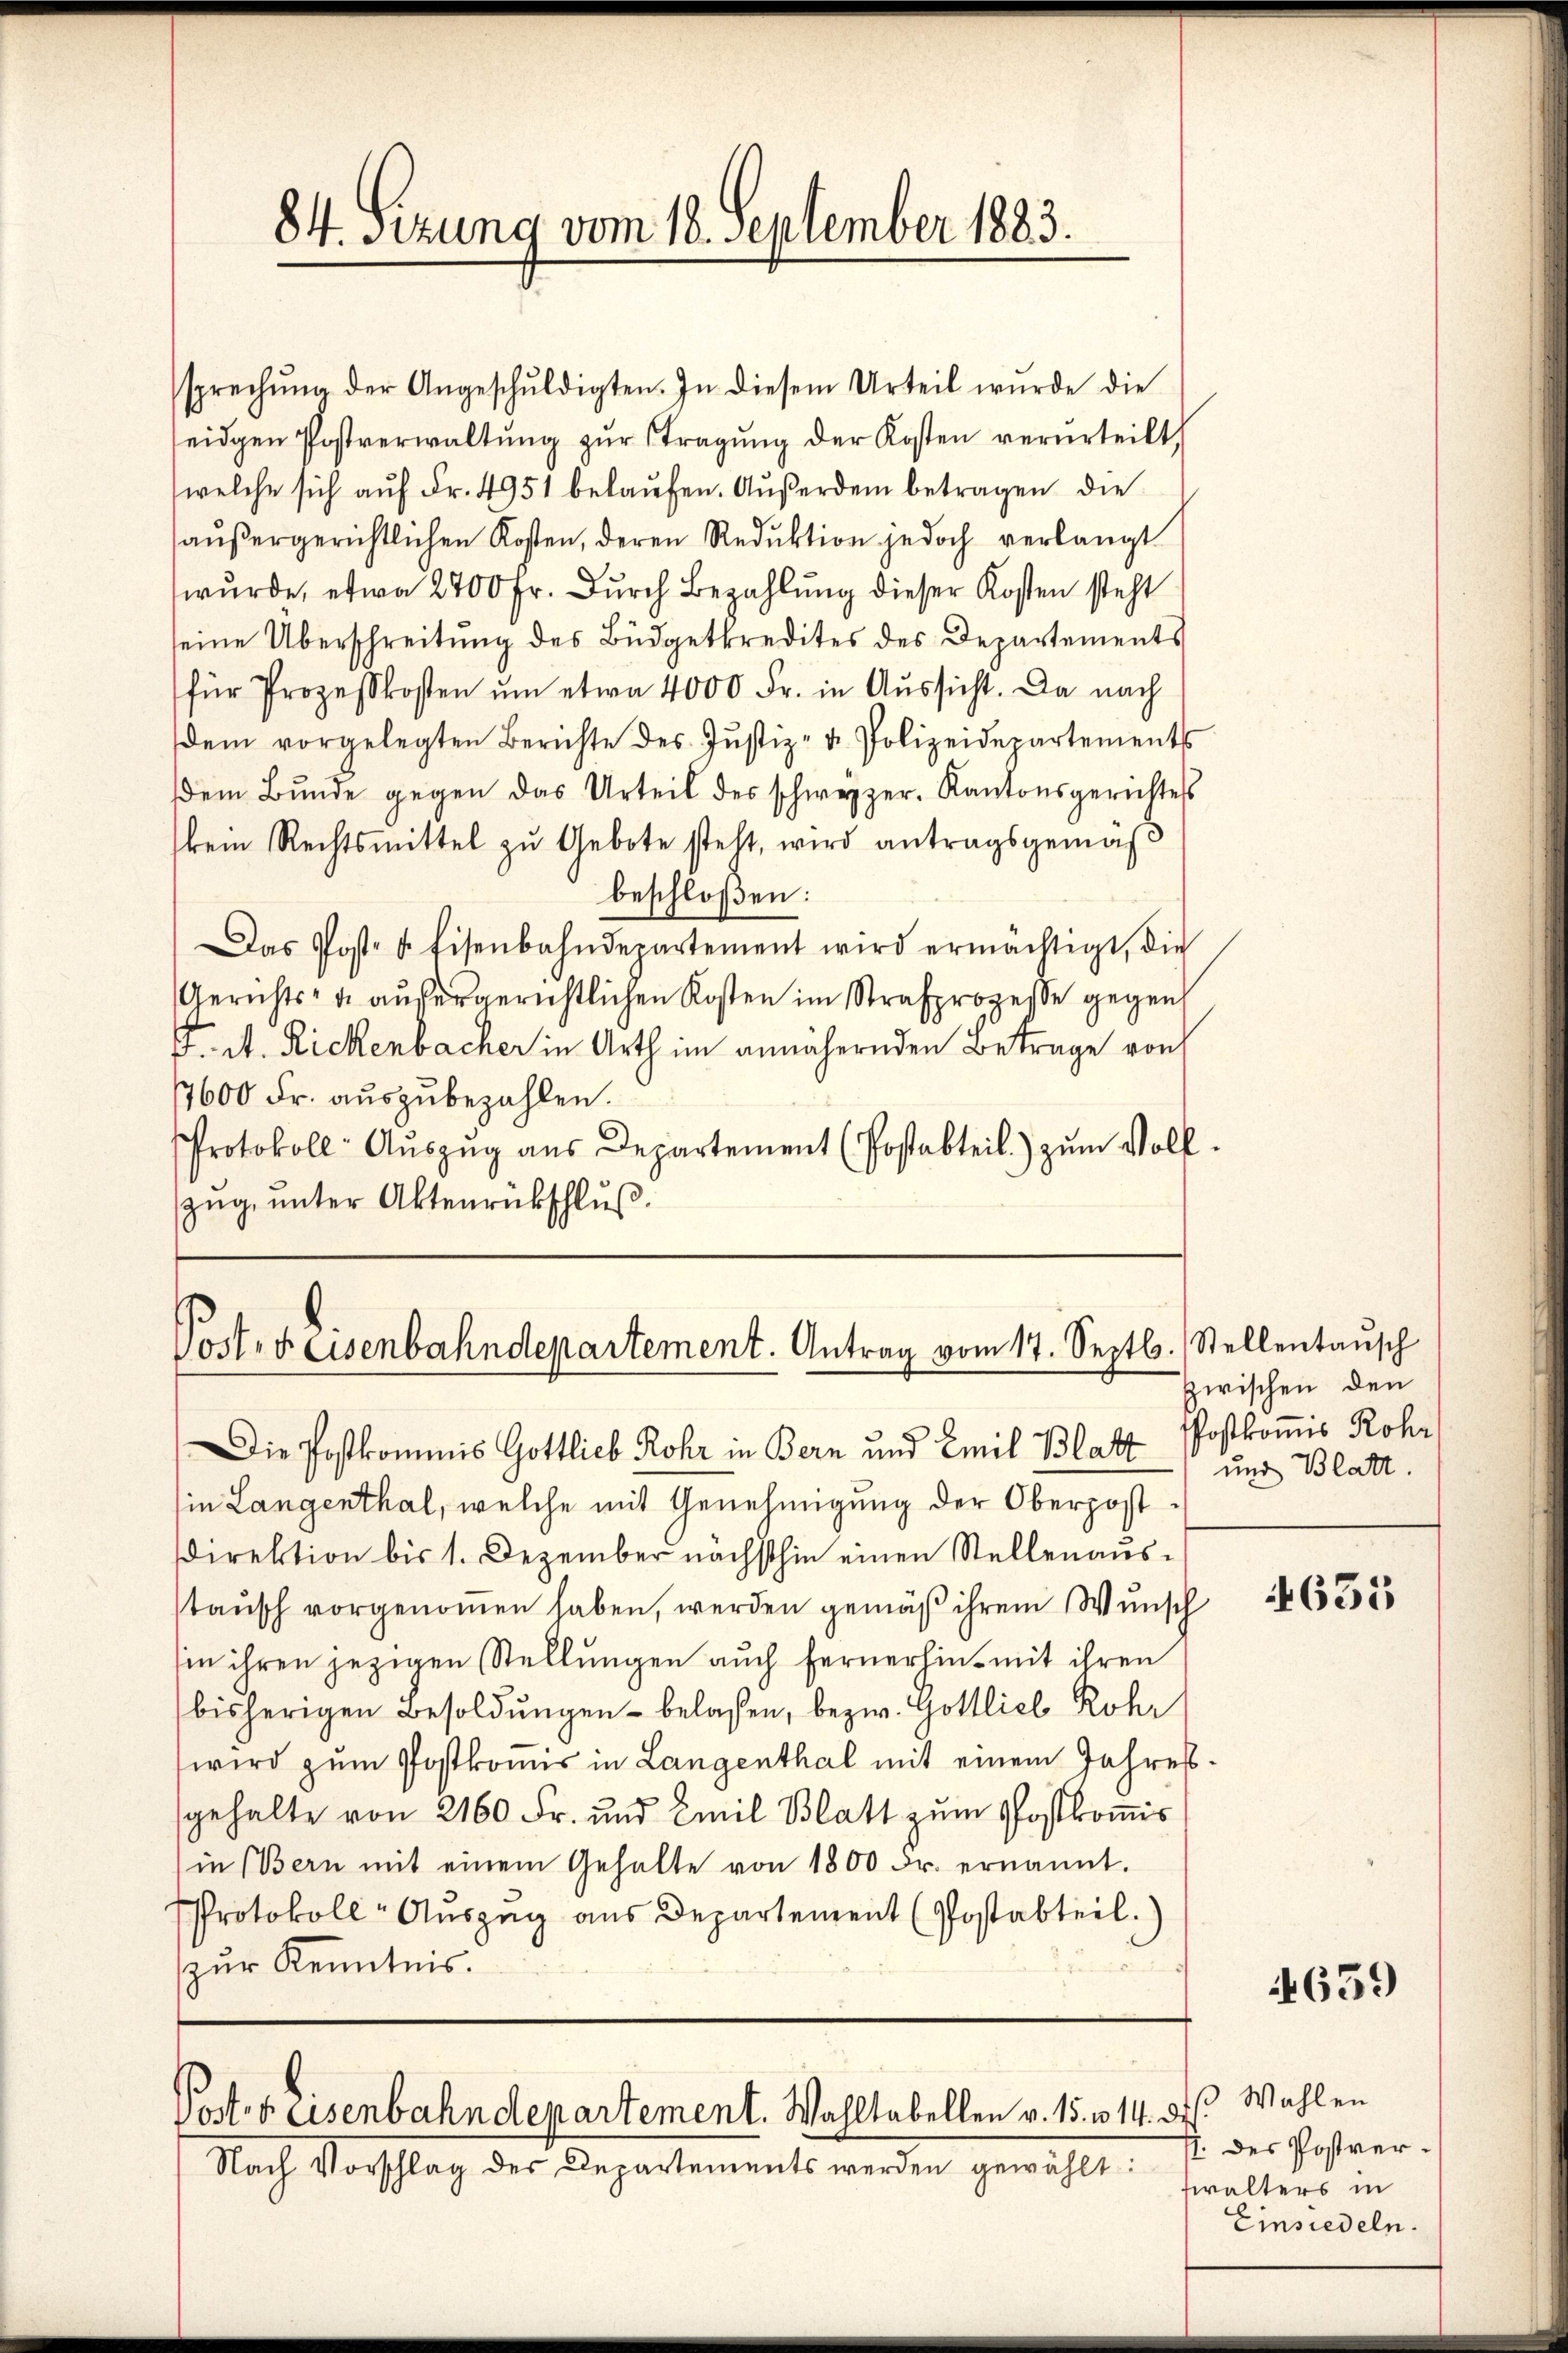
84. Sizung vom 18. September 1883.

sprechŭng der Angeschŭldigten. In diesem Urteil wurde die
seidgen Postverwaltŭng zŭr Tragŭng der Kosten verurteilt,
welche sich aŭf Fr. 4951 belaŭfen. Aŭβerdem betragen die
haußergerichtlichen Kosten, deren Reduktion jedoch verlangt
wŭrde, etwa 2400 Fr. Durch Bezahlung dieser Kosten steht
eine Überschreitung des Büdgetkredites des Departements
für Prozesskosten ŭm etwa 4000 Fr. in Aŭssicht. Da nach
dem vorgelegten Berichte des Jŭstiz- u. Polizeidepartements
dem Bunde gegen das Urteil des schweizer. Kantonsgerichtess
bem Rechtsmittel zŭ Gebote steht, wird antragsgemäβ
beschloßen:
Das Poste u. Eisenbahndepartement wird ermächtigt, die
Gerichts- u. außergerichtlichen Kosten im Strafprozesse gegen
. A. Rickenbacher in Arth im annähernden Betrage von
17600 Fr. auszubezahlen.
Protokoll- Auszug aus Departement (Postabteil) zum Vollzug, unter Aktenrückschluß.

Post. Freisenbahndepartement. Antrag vom 17. Septb. Stellentaŭsch

sie Langenthal, welche mit Genehmigung der Oberpost
Direktion bis 1. Dezember nächsthin einen Stellenausstausch vorgenommen haben, werden gemäß ihrem Wunsch
sin ihren jezigen Stellungen auch fernerhin mit ihren
bisherigen Besoldungen belaßen, bezw. Gottlich Rohr
wird zŭm Postkomis in Langenthal mit einem Jahres
gehalte von 2160 Fr. und Emil Blatt zum Postkomis
in (Bern mit einem Gehalte von 1800 Fr. ernannt.
Protokoll-Auszug aus Departement (Postabteil.
zur Kenntnis.

Posts Eisenbahndepartement. Wahltabellen v. 15. v. 14. di

Nach Vorschlag des Departements werden gewählt:

Die Postkommnis Gottlieb Rohr in Bern und Emil Blatt und Blatt.

zwischen den
Postkomis Rohr

635

4659

3 Wahlen
I. des Postverwalters in
Einsiedeln.